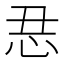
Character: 𱞆